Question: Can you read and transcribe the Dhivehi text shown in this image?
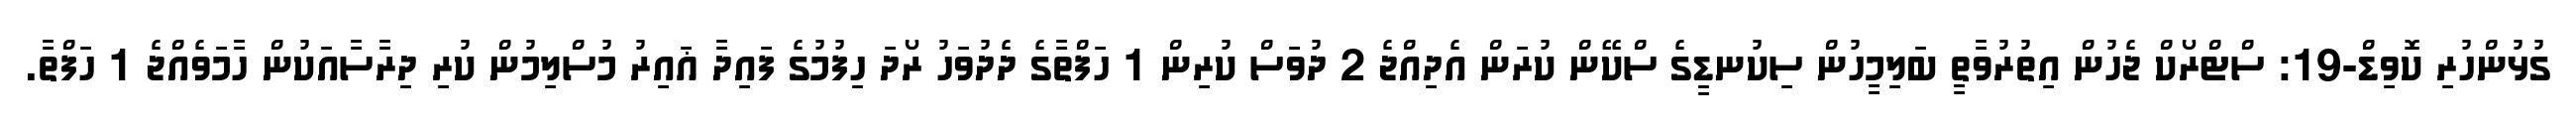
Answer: ގުޅުންހުރި ކޮވިޑް-19: ސްޓްރޯކް ޖެހުން އިތުރުވާތީ ބަލިމީހުން ސިކުނޑީގެ ސްކޭން ކުރަން އެދިއްޖެ 2 ދުވަސް ކުރިން 1 ހަފްތާގެ ދެދުވަހު ރޯދަ ހިފުމުގެ ފައިދާ ޣައިރު މުސްލިމުން ކުރި ދިރާސާއަކުން ހާމަވެއްޖެ 1 ހަފްތާ.